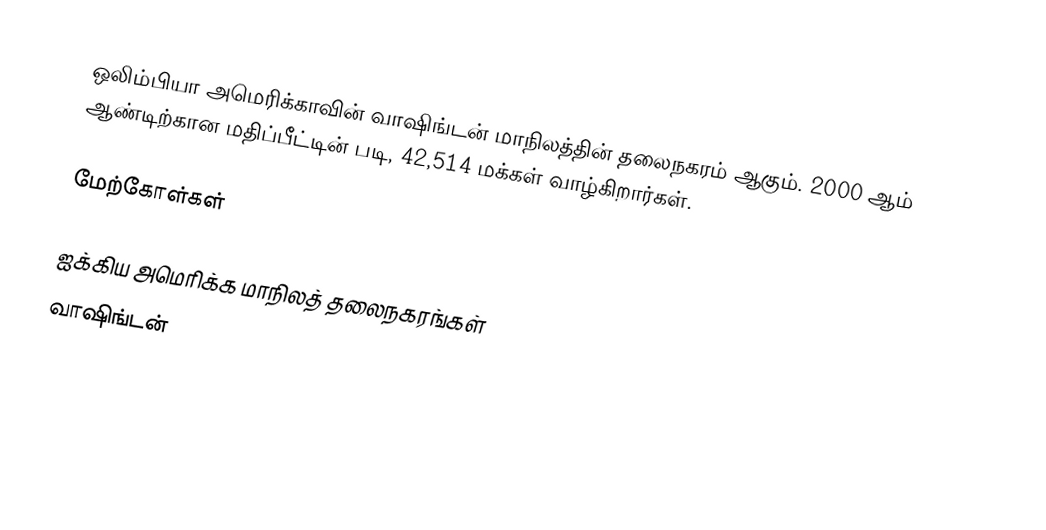
ஒலிம்பியா அமெரிக்காவின் வாஷிங்டன் மாநிலத்தின் தலைநகரம் ஆகும். 2000 ஆம் ஆண்டிற்கான மதிப்பீட்டின் படி, 42,514 மக்கள் வாழ்கிறார்கள்.

மேற்கோள்கள்

ஐக்கிய அமெரிக்க மாநிலத் தலைநகரங்கள்
வாஷிங்டன்